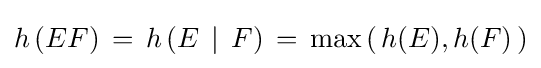
\textstyle h\left(EF\right)\,=\,h\left(E\,\mid \,F\right)\,=\,\max \left(\,h(E),h(F)\,\right)